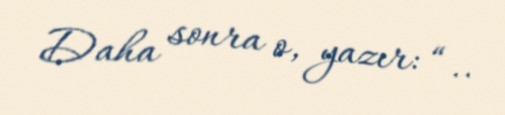
Daha sonra o, yazır: “..